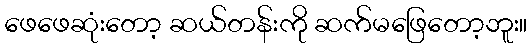
ဖေဖေဆုံးတော့ ဆယ်တန်းကို ဆက်မဖြေတော့ဘူး။